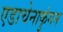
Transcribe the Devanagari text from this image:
एडाचेनाकुंगन